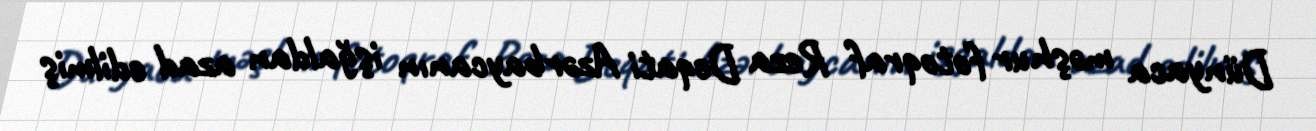
Dünyaca məşhur fotoqraf Reza Deqati Azərbaycanın işğaldan azad edilmiş